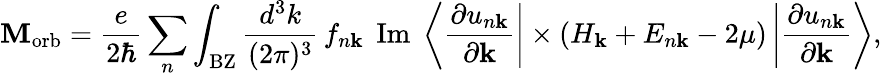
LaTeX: \mathbf{M}_{\mathrm{{orb}}}={\frac{e}{2\hbar}}\sum_{n}\int_{\mathrm{{BZ}}}{\frac{d^{3}k}{(2\pi)^{3}}}\, f_{n\mathbf{k}}\; \operatorname{Im}\; \left\langle{\frac{\partial u_{n\mathbf{k}}}{\partial{\mathbf{k}}}}\right|\times\left(H_{\mathbf{k}}+E_{n\mathbf{k}}-2\mu\right)\left|{\frac{\partial u_{n\mathbf{k}}}{\partial{\mathbf{k}}}}\right\rangle,